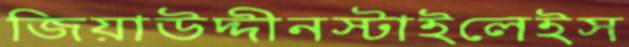
জিয়াউদ্দীনস্টাইলেইস